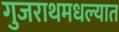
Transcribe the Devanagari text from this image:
गुजराथमधल्यात